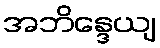
အဘိန္ဒေယျ